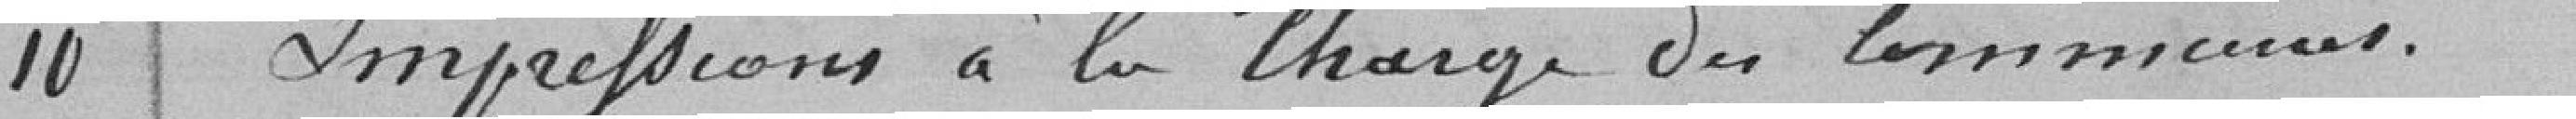
10 Impressions à la charge des communes